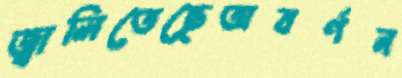
জ্বালিতেছেঅবর্ণন